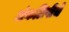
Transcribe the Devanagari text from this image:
अंकलिपीचे